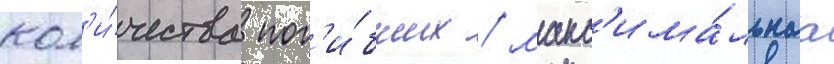
кол'и́чества пог'и́бших / макс'има́льнаа